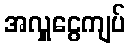
အလှူငွေကျပ်